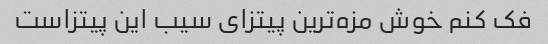
فک کنم خوش‌ مزه‌ترین پیتزای سیب این پیتزاست